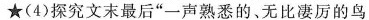
\star （4）探究文末最后“一声熟悉的、无比凄厉的鸟